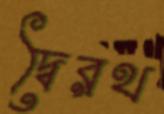
দ্বৈরথ